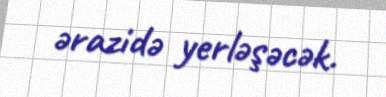
ərazidə yerləşəcək.